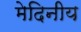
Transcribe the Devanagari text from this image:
मेदिनीय